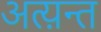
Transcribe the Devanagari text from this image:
अत्य़न्त